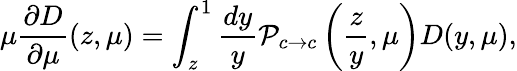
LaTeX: \mu\frac{\partial D}{\partial\mu}(z,\mu)=\int_{z}^{1}\frac{dy}{y}{\cal P}_{c\to c}\left(\frac{z}{y},\mu\right)D(y,\mu),